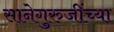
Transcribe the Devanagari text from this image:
सानेगुरुजींच्या